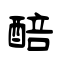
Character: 醅